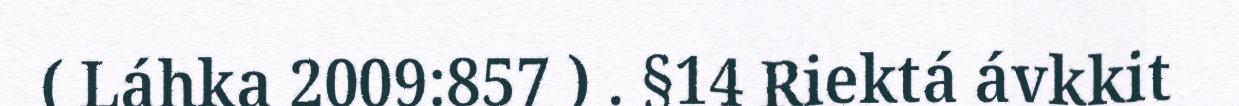
( Láhka 2009:857 ) . §14 Riektá ávkkit